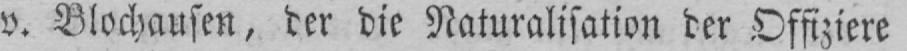
v. Blochausen, der die Naturalisation der Offiziere